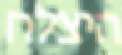
היצלח